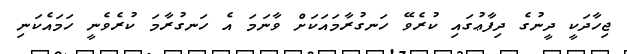
ޖިހާދަކީ ދީނުގެ ދިފާޢުގައި ކުރެވޭ ހަނގުރާމައަކަށް ވާނަމަ އެ ހަނގުރާމަ ކުރެވެނީ ހަމައެކަނި